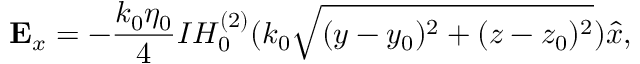
\mathbf { E } _ { x } = - \frac { k _ { 0 } \eta _ { 0 } } { 4 } I H _ { 0 } ^ { ( 2 ) } ( k _ { 0 } \sqrt { ( y - y _ { 0 } ) ^ { 2 } + ( z - z _ { 0 } ) ^ { 2 } } ) \hat { x } ,